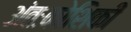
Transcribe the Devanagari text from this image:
अंतःकोशिकी